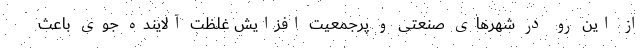
از این رو در شهرهای صنعتی و ‌پرجمعیت افزایش غلظت آلاینده جوی باعث